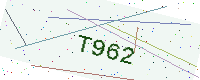
Text: T962